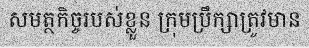
សមត្ថកិច្ចរបស់ខ្លួន ក្រុមប្រឹក្សាត្រូវមាន